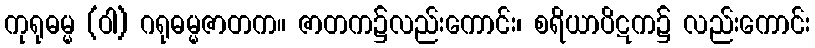
ကုရုဓမ္မ (ဝါ) ဂရုဓမ္မဇာတက။ ဇာတက၌လည်းကောင်း၊ စရိယာပိဋက၌ လည်းကောင်း